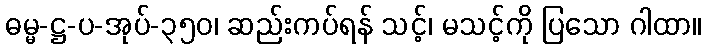
ဓမ္မ-ဋ္ဌ-ပ-အုပ်-၃၅၀၊ ဆည်းကပ်ရန် သင့်၊ မသင့်ကို ပြသော ဂါထာ။